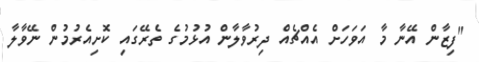
"ފިޒާން އޭނާ މާ އަވަހަށް އެއްޗެއް ދިރުވާލާން އުޅުމުގެ ތެރޭގައި ކޮށިއެރުމުން ނޭވާލާ